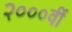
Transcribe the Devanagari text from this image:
२०००वीं